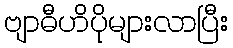
ဗျာဓီဟိပိုများလာပြီး